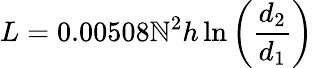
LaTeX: L=0.00508\mathbb{N}^{2}h\ln\left({\frac{{d_{2}}}{{d_{1}}}}\right)